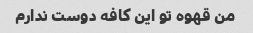
من قهوه تو این کافه دوست ندارم